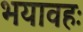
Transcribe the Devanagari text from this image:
भयावहः